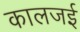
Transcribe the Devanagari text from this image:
कालजई